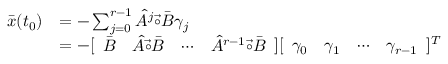
\begin{array} { r l } { \bar { x } ( t _ { 0 } ) } & { = - \sum _ { j = 0 } ^ { r - 1 } \hat { A } ^ { j } \vec { \circ } \bar { B } \gamma _ { j } } \\ & { = - [ \begin{array} { l l l l } { \bar { B } } & { \hat { A } \vec { \circ } \bar { B } } & { \cdots } & { \hat { A } ^ { r - 1 } \vec { \circ } \bar { B } } \end{array} ] [ \begin{array} { c c c c } { \gamma _ { 0 } } & { \gamma _ { 1 } } & { \cdots } & { \gamma _ { r - 1 } } \end{array} ] ^ { T } } \end{array}